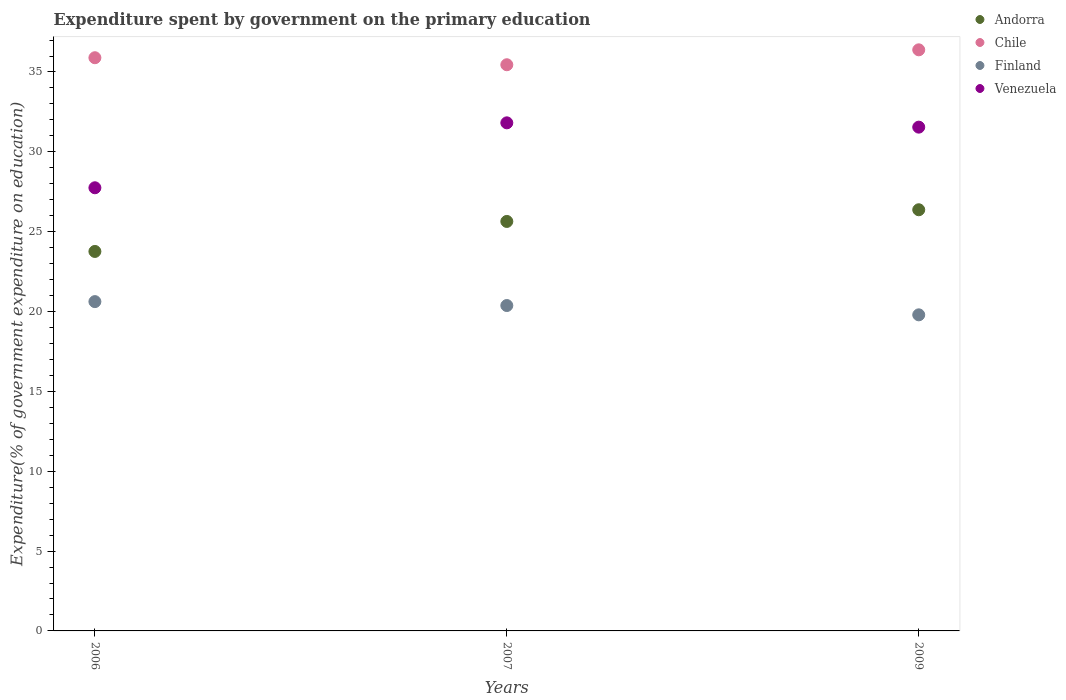
| Years | Andorra | Chile | Finland | Venezuela |
 | --- | --- | --- | --- | --- |
 | 2006 | 23.8 | 35.9 | 20.6 | 27.7 |
 | 2007 | 25.6 | 35.5 | 20.4 | 31.8 |
 | 2009 | 26.4 | 36.4 | 19.8 | 31.5 |